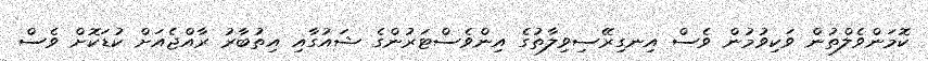
ކޮމަންވެލްތުން ވަކިވުމުން ވެސް އިނގިރޭސިވިލާތުގެ އިންވެސްޓަރުންގެ ޝައުގާއި އިތުބާރު ރާއްޖެއަށް ކުޑަކޮށް ވެސް